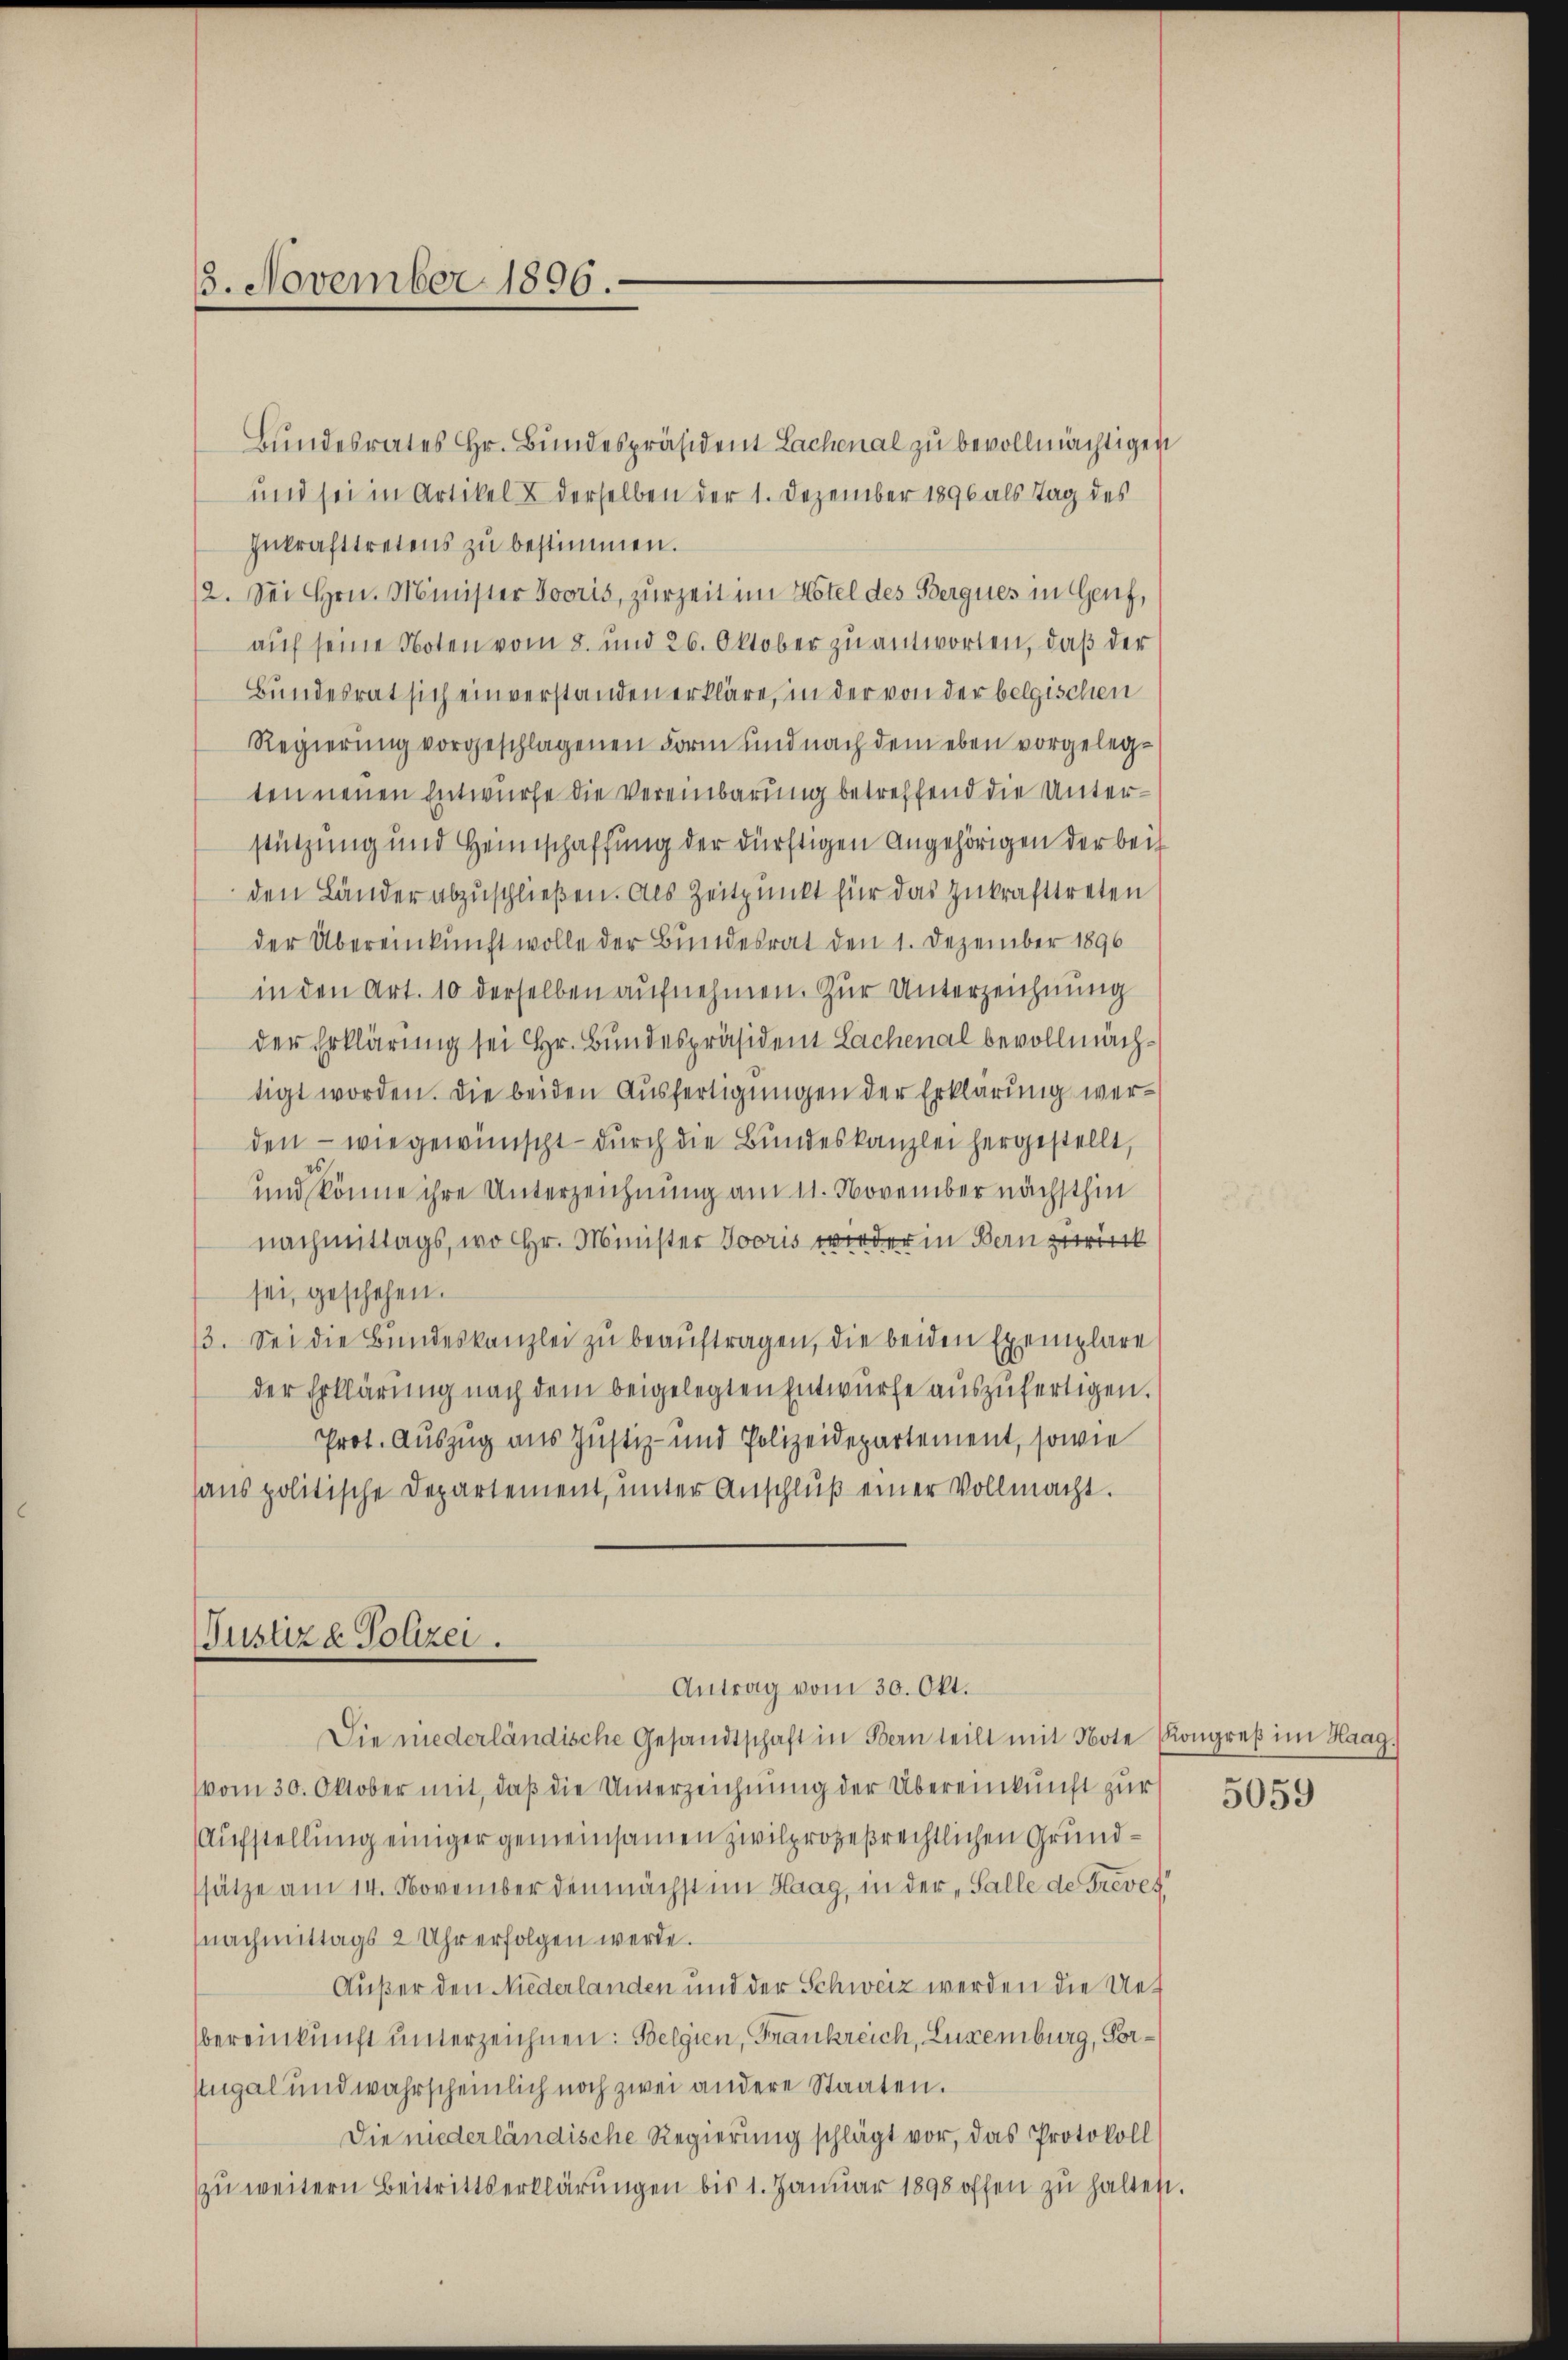
3. November 1896.

Bŭndesrates Hr. Bŭndespräsident Lachenal zu bevollmächtigen
und sei in Artikel & derselben der 1. Dezember 1896 als Tag des
Inkrafttretens zŭ bestimmen.
/2. Sei Hrn. Minister Zooris, zurzeit im Hotel des Bergnes in Genf,
auf seine Noten vom 8. und 26. Oktober zu antworten, daß der
Bundesrat sich einverstanden erkläre, in der von der belgischen
Regierung vorgeschlagenen Form und nach dem eben vorgelegten neuen Entwurfe die Vereinbarung betreffend die Unterstützung und Heimschaffung der dürftigen Angehörigen der bei
den Länder abzuschließen. Als Zeitpunkt für das Zukrafttreten
der Übereinkunft wolle der Bundesrat den 1. Dezember 1896
in den Art. 10 derselben aufnehmen. Zur Unterzeichnung
der Erklärung sei Hr. Bundespräsident Lachenal bevollmächtigt worden. Die beiden Ausfertigungen der Erklärung werden – wie gewünscht – durch die Bundeskanzlei hergestellt,
und könne ihre Unterzeichnung am 11. November nächsthin
nachmittags, wo Hr. Minister Jooris wieder in Bern zurück
sei, geschehen.
3. Sei die Bundeskanzlei zu beauftragen, die beiden Exemplare
der Erklärung nach dem beigelegten Entwurfe auszufertigen.
Prot. Auszug aus Justiz- und Polizeidepartement, sowie
sans politische Departement, unter Anschluß einer Vollmacht.

Justiz & Polizei.
Antrag vom 30. Okt.

Die niederländische Gesandtschaft in Bern teilt mit Note Kongreß im Haag,
(vom 30. Oktober mit, daß die Unterzeichnung der Übereinkunft zur
Aufstellung einiger gemeinsamen zivilprozeßrechtlichen Grundsätze am 14. November demnächst im Haag, in der Falle de Trevet!
nachmittags 2 Uhr erfolgen werde.
Außer den Niederlanden und der Schweiz werden die Uet
Übereinkunft unterzeichnen: Belgien, Frankreich, Luxenburg, Por¬
Eugal und wahrscheinlich noch zwei andere Staaten.
Die niederländische Regierung schlägt vor, das Protokoll
zu weitern Beitrittserklärungen bis 1. Januar 1898 offen zu halten.

5059